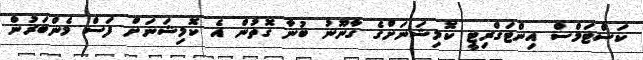
ކަސްޓަމްސް އިންޓަގްރިޓީ ކޮމިޝަނަށްގެ ގާނޫނު ބުނާ ގޮތުން އެ ކޮމިޝަނަށް ފަސް މެންބަރުން